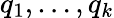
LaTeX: q_{1},\ldots,q_{k}